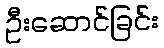
ဦးဆောင်ခြင်း